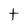
Character: t